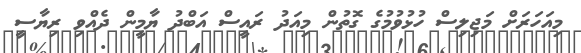
މިއަހަރަށް މަޖިލިސް ހުޅުވުމުގެ ގޮތުން މިއަދު ރައީސް އަބްދު ޔާމީން ދެއްވި ރިޔާސީ